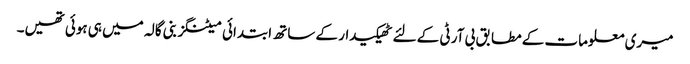
میری معلومات کے مطابق بی آر ٹی کے لئے ٹھیکیدار کے ساتھ ابتدائی میٹنگز بنی گالہ میں ہی ہوئی تھیں۔